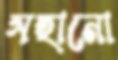
সহানো